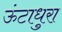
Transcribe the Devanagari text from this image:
ऊंटाधुरा